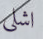
اشلي